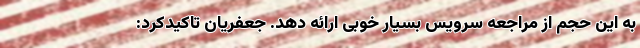
به این حجم از مراجعه سرویس بسیار خوبی ارائه دهد. جعفریان تاکیدکرد: